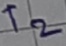
Text: T2